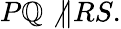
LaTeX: P\mathbb{Q}\not{\parallel}RS.